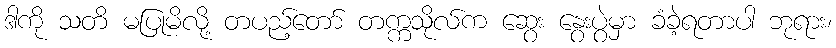
ဒါကို သတိ မပြုမိလို့ တပည့်တော် တက္ကသိုလ်က ဆွေး နွေးပွဲမှာ ခံခဲ့ရတာပါ ဘုရား၊